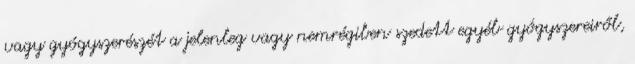
vagy gyógyszerészét a jelenleg vagy nemrégiben szedett egyéb gyógyszereiről,